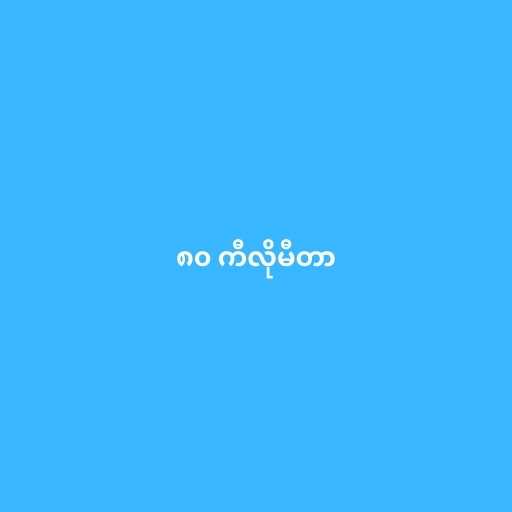
၈၀ ကီလိုမီတာ